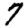
Digit: 7